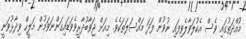
މުއްދަތުގައި ވެސް އެކުލަވާލެވިފައި ނުވުން ފަދަ މައްސަލަތަކެވެ. މިއަށް ޖަވާބުދާރީވެވަޑައިގަންނަވަމުން މަލީހް ވިދާޅުވަނީ